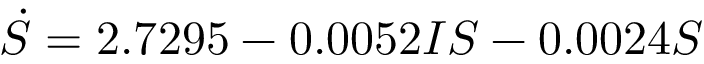
\dot { S } = 2 . 7 2 9 5 - 0 . 0 0 5 2 I S - 0 . 0 0 2 4 S